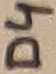
Text: D4